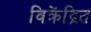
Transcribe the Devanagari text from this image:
विक्रेंद्रित